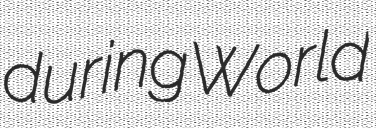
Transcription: during World